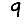
Digit: 9